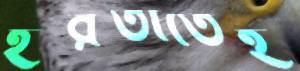
ইরতাতেই